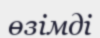
өзімді